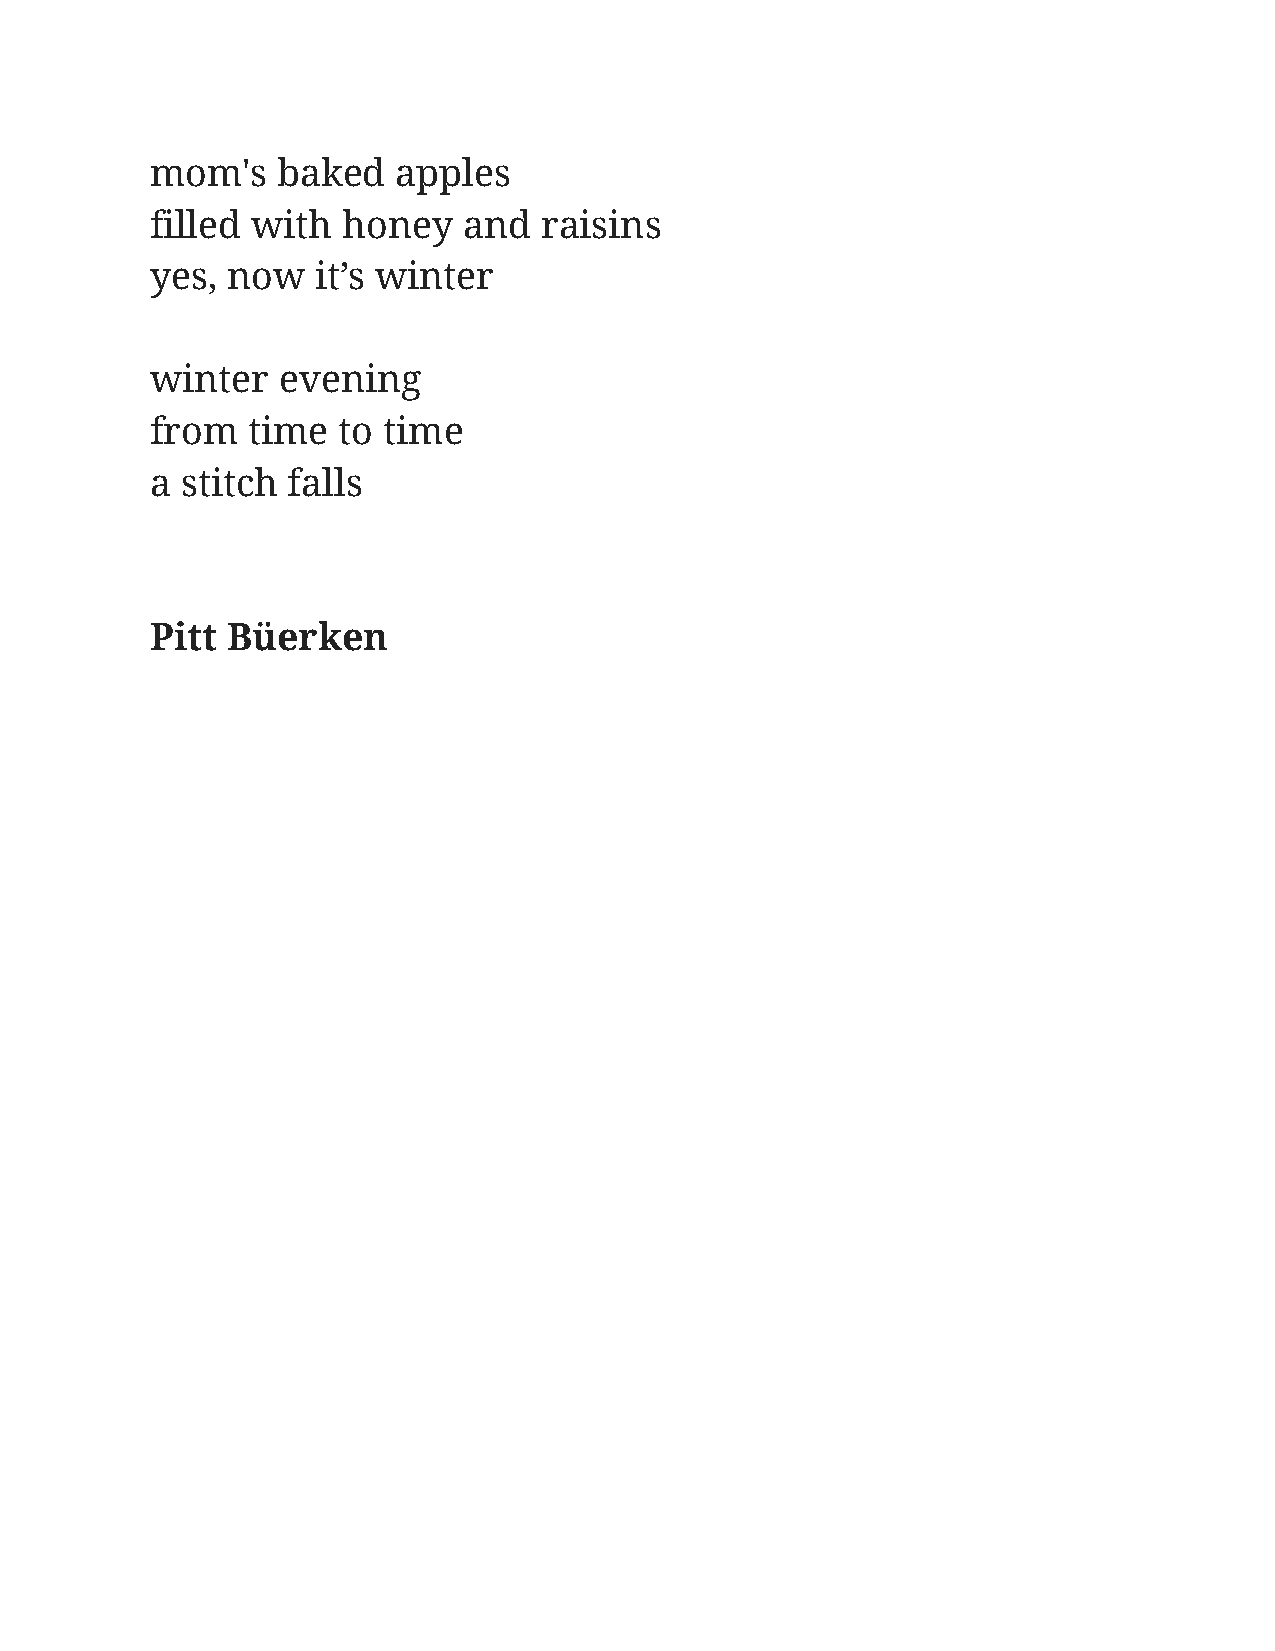
mom's   baked   apples
 filled with  honey   and  raisins
 yes, now   it’s winter
 winter  evening
 from  time  to time
 a stitch falls
 Pitt Büerken